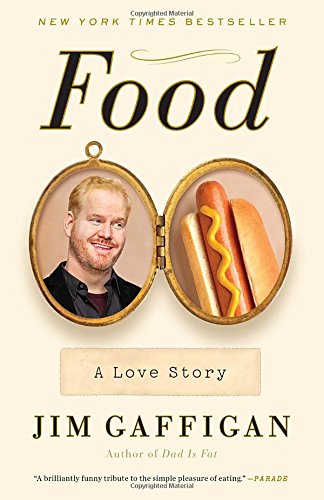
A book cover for Food: A Love Story; Jim Gaffigan; Humor & Entertainment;